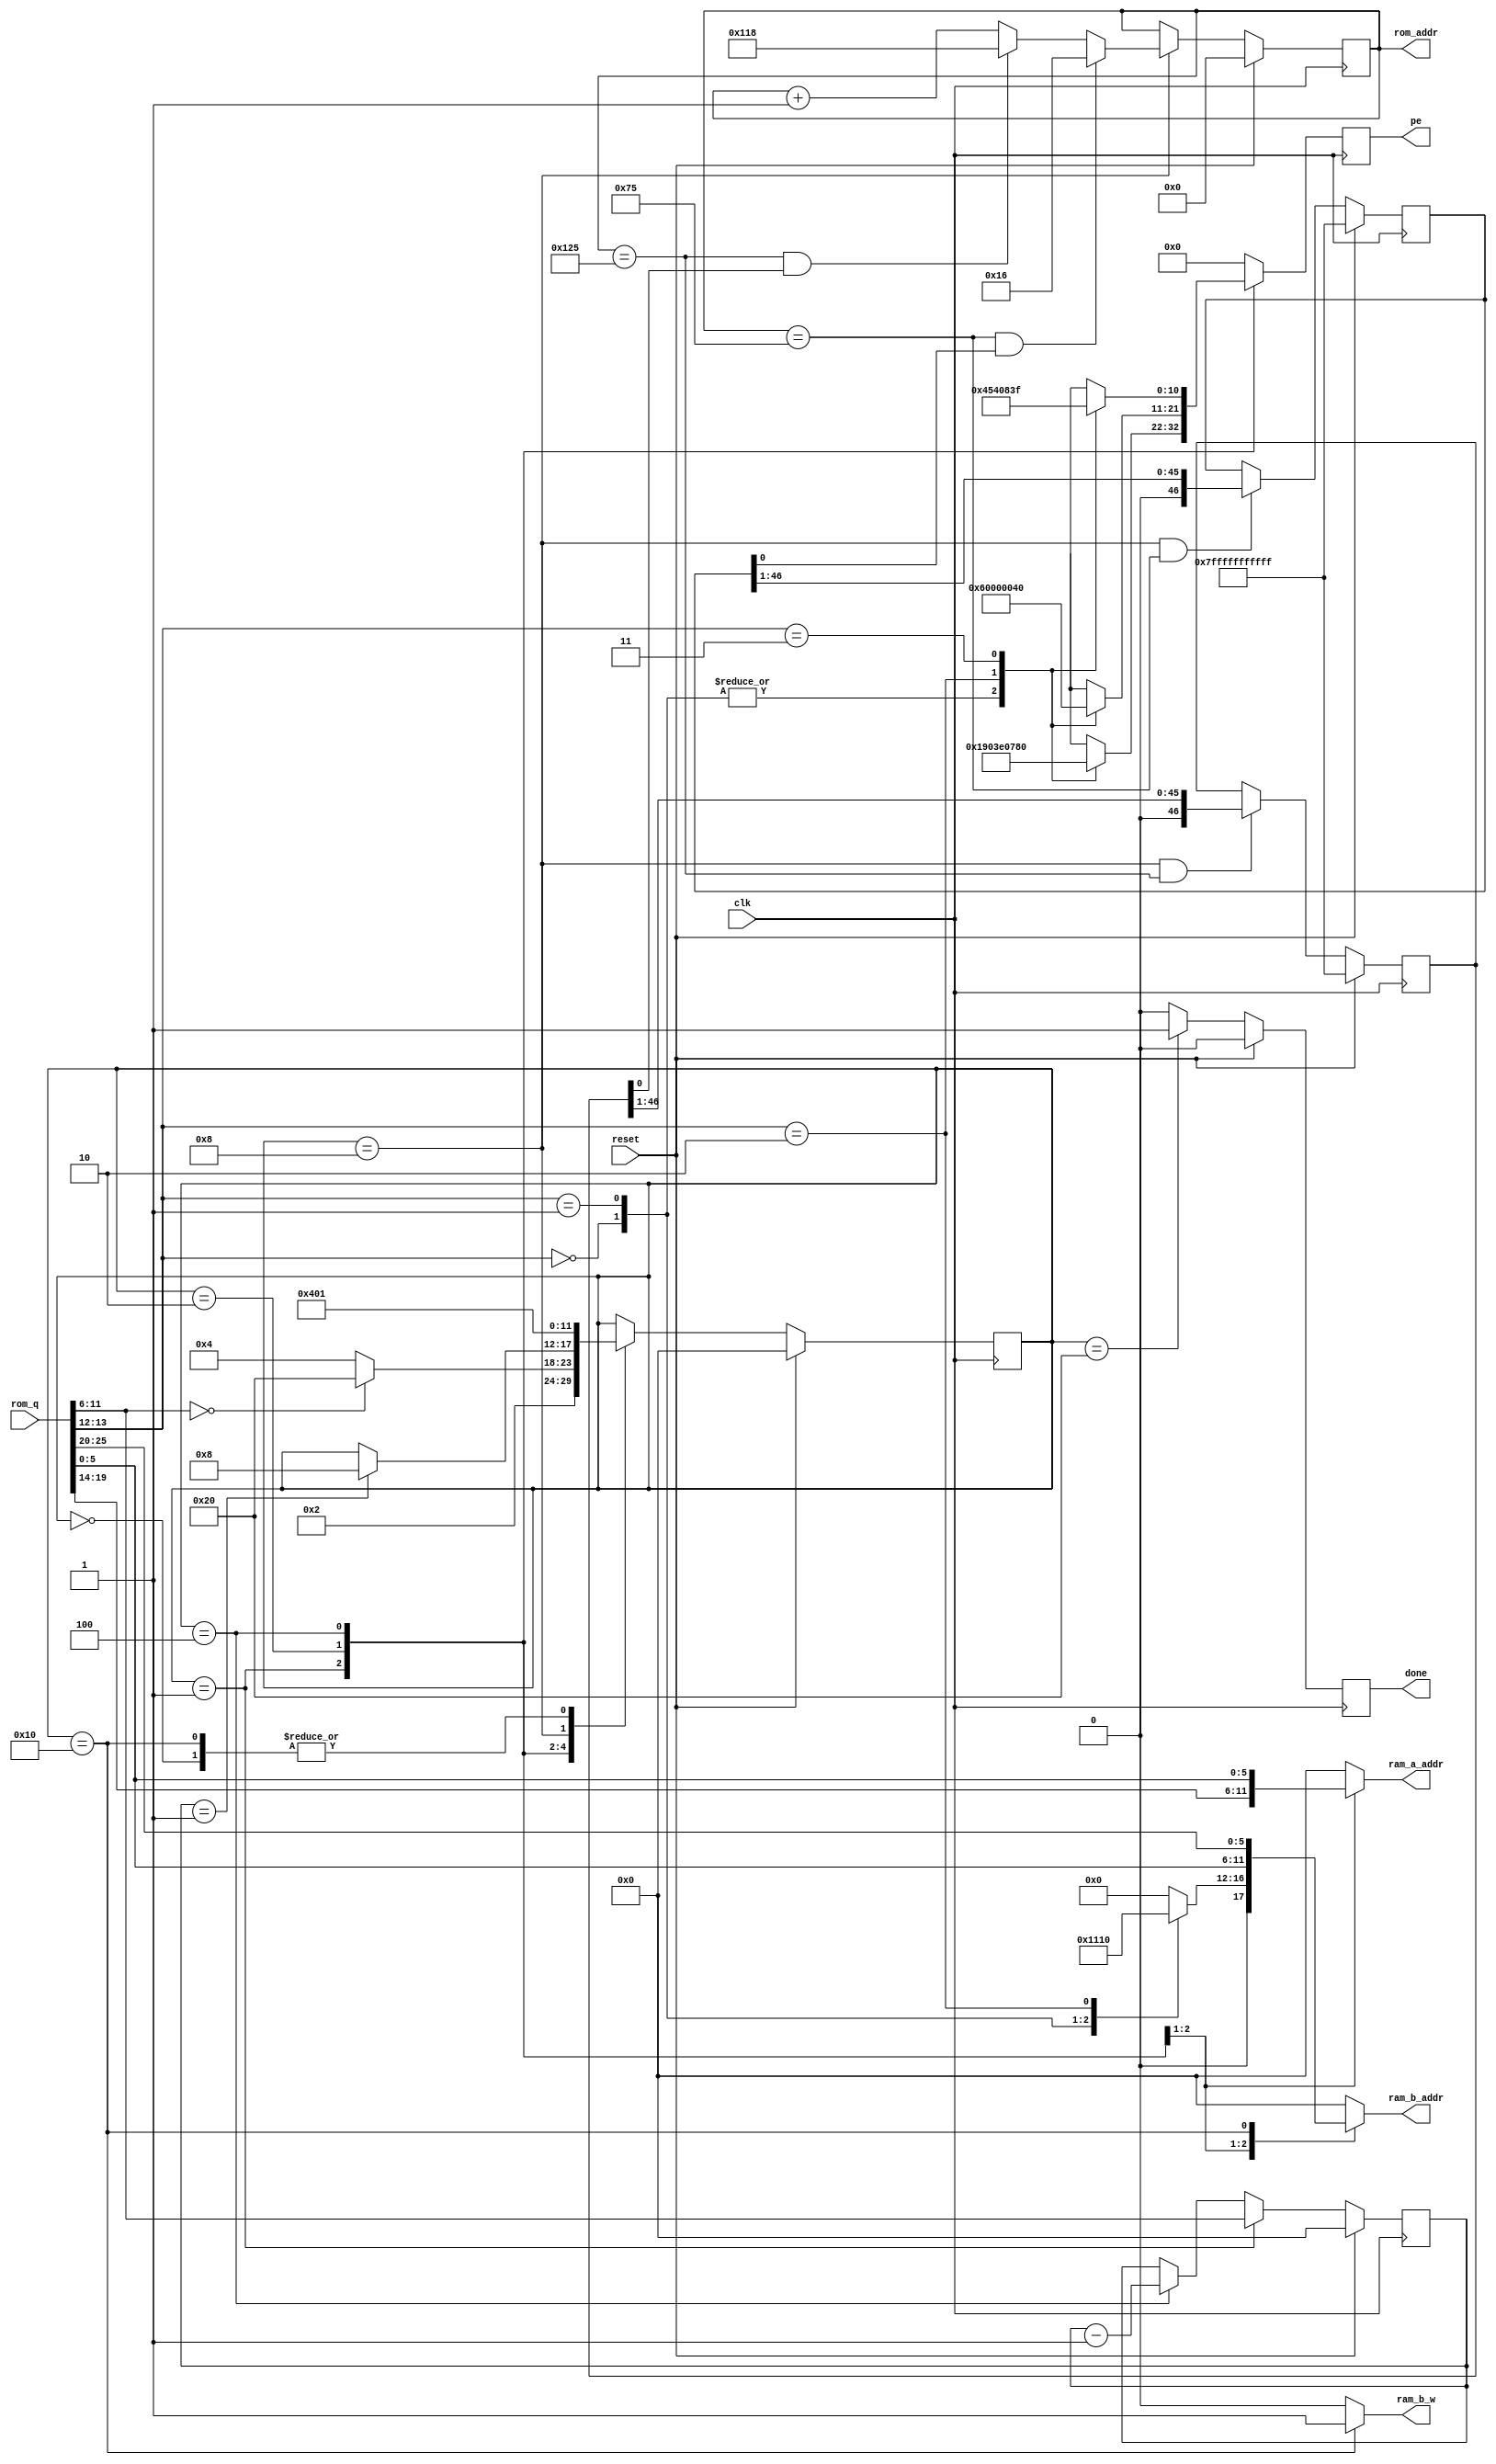
/*
 * Copyright 2012, Homer Hsing <homer.hsing@gmail.com>
 *
 * Licensed under the Apache License, Version 2.0 (the "License");
 * you may not use this file except in compliance with the License.
 * You may obtain a copy of the License at
 *
 * http://www.apache.org/licenses/LICENSE-2.0
 *
 * Unless required by applicable law or agreed to in writing, software
 * distributed under the License is distributed on an "AS IS" BASIS,
 * WITHOUT WARRANTIES OR CONDITIONS OF ANY KIND, either express or implied.
 * See the License for the specific language governing permissions and
 * limitations under the License.
 */

/* FSM: finite state machine 
 * halt if $ctrl == 0$
 */
module FSM(clk, reset, rom_addr, rom_q, ram_a_addr, ram_b_addr, ram_b_w, pe, done);
    input clk;
    input reset;
    output reg [8:0] rom_addr; /* command id. extra bits? */
    input [25:0] rom_q; /* command value */
    output reg [5:0] ram_a_addr;
    output reg [5:0] ram_b_addr;
    output ram_b_w;
    output reg [10:0] pe;
    output reg done;
    
    reg [5:0] state;
    parameter START=0, READ_SRC1=1, READ_SRC2=2, CALC=4, WAIT=8, WRITE=16, DON=32;
	
    wire [5:0] dest, src1, src2, times; wire [1:0] op;
    assign {dest, src1, op, times, src2} = rom_q;

    reg [5:0] count;
	
    always @ (posedge clk)
       if (reset) 
          state<=START; 
       else 
          case (state)
             START:
                state<=READ_SRC1;
             READ_SRC1:
                state<=READ_SRC2;
             READ_SRC2:
                if (times==0) state<=DON; else state<=CALC;
             CALC:
                if (count==1) state<=WAIT;
             WAIT:
                state<=WRITE;
             WRITE:
                state<=READ_SRC1;
          endcase

    /* we support two loops with 48 loop times */
    parameter  LOOP1_START = 9'd22,
               LOOP1_END   = 9'd117,
               LOOP2_START = 9'd280,
               LOOP2_END   = 9'd293;
    reg [46:0] loop1, loop2;
	
	always @ (posedge clk)
	   if (reset) rom_addr<=0;
	   else if (state==WAIT)
          begin
             if(rom_addr == LOOP1_END && loop1[0])
                rom_addr <= LOOP1_START;
             else if(rom_addr == LOOP2_END && loop2[0])
                rom_addr <= LOOP2_START;
             else
                rom_addr <= rom_addr + 1; 
	      end
	
	always @ (posedge clk)
	   if (reset) loop1 <= ~0;
	   else if(state==WAIT && rom_addr==LOOP1_END)
          loop1 <= loop1 >> 1;
	
	always @ (posedge clk)
	   if (reset) loop2 <= ~0;
	   else if(state==WAIT && rom_addr==LOOP2_END)
          loop2 <= loop2 >> 1;

	always @ (posedge clk)
	   if (reset)
          count<=0;
	   else if (state==READ_SRC1)
          count<=times;
	   else if (state==CALC)
          count<=count-1;
	
	always @ (posedge clk)
	   if (reset) done<=0;
	   else if (state==DON) done<=1;
	   else done<=0;
	 
    always @ (state, src1, src2)
       case (state)
       READ_SRC1: ram_a_addr=src1;
       READ_SRC2: ram_a_addr=src2;
       default: ram_a_addr=0;
       endcase
    
    parameter CMD_ADD=6'd4, CMD_SUB=6'd8, CMD_CUBIC=6'd16,
              ADD=2'd0, SUB=2'd1, CUBIC=2'd2, MULT=2'd3;

    always @ (posedge clk)
       case (state)
       READ_SRC1:
          case (op)
          ADD:   pe<=11'b11001000000;
          SUB:   pe<=11'b11001000000;
          CUBIC: pe<=11'b11111000000;
          MULT:  pe<=11'b11110000000;
          default: pe<=0;
          endcase
       READ_SRC2:
          case (op)
          ADD:   pe<=11'b00110000000;
          SUB:   pe<=11'b00110000000;
          CUBIC: pe<=0;
          MULT:  pe<=11'b00001000000;
          default: pe<=0;
          endcase
       CALC:
          case (op)
          ADD:   pe<=11'b00000010001;
          SUB:   pe<=11'b00000010001;
          CUBIC: pe<=11'b01010000001;
          MULT:  pe<=11'b00000111111;
          default: pe<=0;
          endcase
       default: 
          pe<=0;
       endcase

    always @ (state, op, src2, dest)
       case (state)
       READ_SRC1: 
          case (op)
          ADD: ram_b_addr=CMD_ADD;
          SUB: ram_b_addr=CMD_SUB;
          CUBIC: ram_b_addr=CMD_CUBIC;
          default: ram_b_addr=0;
          endcase
       READ_SRC2: ram_b_addr=src2;
       WRITE: ram_b_addr=dest;
       default: ram_b_addr=0;
       endcase

    assign ram_b_w = (state==WRITE) ? 1'b1 : 1'b0;
endmodule